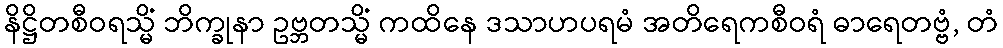
နိဋ္ဌိတစီဝရသ္မိံ ဘိက္ခုနာ ဥဗ္ဘတသ္မိံ ကထိနေ ဒသာဟပရမံ အတိရေကစီဝရံ ဓာရေတဗ္ဗံ, တံ